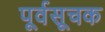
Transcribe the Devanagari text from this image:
पूर्वसूचक